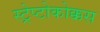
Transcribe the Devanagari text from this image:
स्ट्रेप्टोकोक्कस